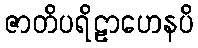
ဇာတိပရိဠာဟေနပိ